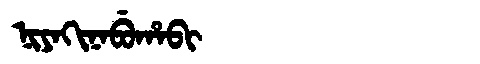
Manchu: ᠨᡳᠶᠠᡴᡳᠨᠠᠪᡠᡥᠠᠪᡳ
Romanization: NIYAKINABUHABI